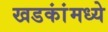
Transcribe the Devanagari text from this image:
खडकांंमध्ये